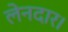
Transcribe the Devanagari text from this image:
लेनदार।